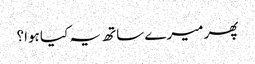
پھر میرے ساتھ یہ کیا ہوا؟